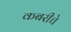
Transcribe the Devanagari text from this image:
कबरीचे